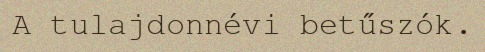
A tulajdonnévi betűszók.